Annual administration report of the Civil Veterinary Department, Ajmere-Merwara, British Rajputana - 1914-1940
Year: 1914
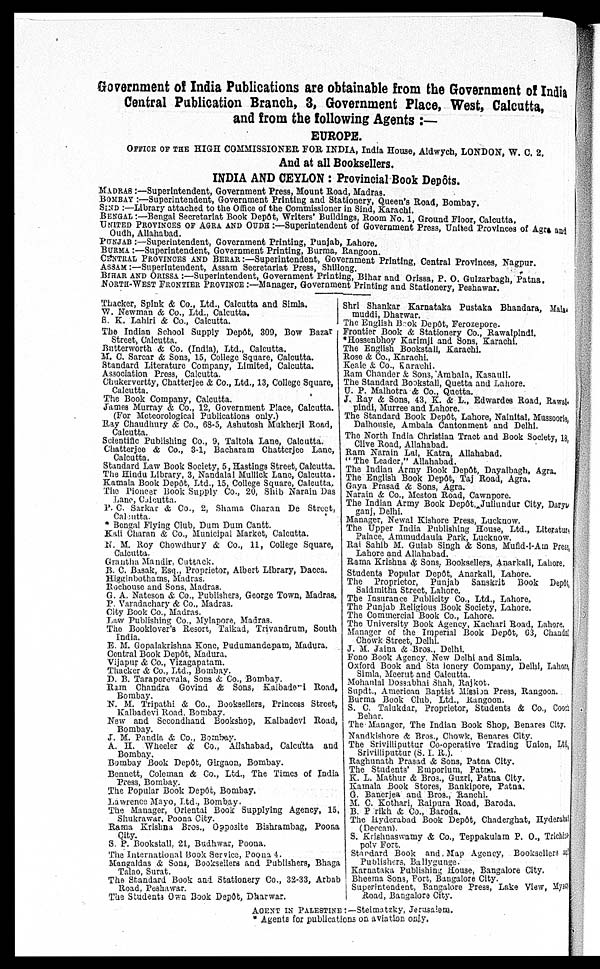
Government of India Publications are obtainable from the Government of India
Central Publication Branch, 3, Government Place, West, Calcutta,
and from the following Agents:—
EUROPE.
OFFICE OF THE HIGH COMMISSIONER FOR INDIA, India House, Aldwych, LONDON, W. C. 2.
And at all Booksellers.
INDIA AND CEYLON: Provincial Book Depôts.
MADRAS:—Superintendent, Government Press, Mount Road, Madras.
BOMBAY:—Superintendent, Government Printing and Stationery, Queen's Road, Bombay.
SIND:—Library attached to the Office of the Commissioner in Sind, Karachi.
BENGAL:—Bengal Secretariat Book Depôt, Writers' Buildings, Room No. 1, Ground Floor, Calcutta
UNITED PROVINCE OF AGRA AND OUDH:—Superintendent of Government Press, United Provinces of Agra and
Oudh, Allahabad.
PUNJAB:—Superintendent, Government Printing, Punjab, Lahore.
BURMA:—Superintendent, Government Printing, Burma, Rangoon.
CENTRAL PROVINCES AND BERAR:—Superintendent, Government Printing, Central Provinces, Nagpur.
ASSAM:—Superintendent, Assam Secretariat Press, Shillong.
BIHAR AND ORISSA:—Superintendent, Government Printing, Bihar and Orissa, P. O. Guizarbagh Patna.
NORTH-WEST FRONTIER PROVINCE.—Manager, Government Printing and Stationery Peshawar
Thacker, Spink & Co., Ltd., Calcutta and Simla.
W. Newman & Co., Ltd., Calcutta.
S. K. Lahiri & Co., Calcutta.
The Indian School Supply Depôt, 309, Bow Bazar
Street, Calcutta.
Butterworth & Co. (India), Ltd., Calcutta.
M. C. Sarcar & Sons, 15, College Square, Calcutta.
Standard Literature Company, Limited, Calcutta.
Association Press, Calcutta.
Chukervertty, Chatterjee & Co., Ltd., 13, College Square,
Calcutta.
The Book Company, Calcutta.
James Murray & Co., 12, Government Place, Calcutta.
(For Meteorological Publications only.)
Ray Chaudhury & Co., 68-5, Ashutosh Mukherji Road,
Calcutta.
Scientific Publishing Co., 9, Taltola Lane, Calcutta.
Chatterjee & Co., 3-1, Bacharam Chatterjee Lane,
Calcutta.
Standard Law Book Society, 5, Hastings Street, Calcutta.
The Hindu Library, 3, Nandalal Mullick Lane, Calcutta.
Kamala Book Depôt, Ltd., 15, College Square, Calcutta,
The Pioncer Book Supply Co., 20, Shib Narain Das
Lane, Calcutta.
P. C. Sarkar & Co., 2, Shama Charan De Street,
Culcutta.
Bengal Flying Club, Dum Dum Cantt.
Kali Charan & Co., Municipal Market, Calcutta.
N. M. Roy Chowdhury & Co., 11, College Square,
Calcutta.
Grantha Mandir, Cuttack.
B. C. Basak, Esq., Proprietor, Albert Library, Dacca.
Higginbothams, Madras.
Rochouse and Sons, Madras.
G. A. Nateson & Co., Publishers, George Town, Madras.
P. Varadachary & Co., Madras.
City Book Co., Madras.
Law Publishing Co., Mylapore, Madras.
The Booklover's Resort, Taikad, Trivandrum, South
India.
E. M. Gopalakrishna Kone, Pudumandepam, Madura.
Central Book Depôt, Madura.
Vijapur & Co., Vijagapatam.
Thacker & Co., Ltd., Bombay.
D. B. Taraporovala, Sons & Co., Bombay.
Ram Chandra Govind & Sons, Kalbade i Road,
Bombay.
N. M. Tripathi & Co., Booksellers, Princess Street,
Kalbadevi Road, Bombay.
New and Secondhand Bookshop, Kalbadevi Road,
Bombay.
J. M. Pandin & Co., Bombay.
A. H. Wheeler & Co., Allahabad, Calcutta and
Bombay.
Bombay Book Depôt, Girgaon, Bombay.
Bennett, Coleman & Co., Ltd., The Times of India
Press, Bombay.
The Popular Book Depôt, Bombay.
Lawrence Mayo, Ltd., Bombay.
The Manager, Oriental Book Supplying Agency, 15,
Shukrawar, Poona City.
Rama Krishna Bros., Opposite Bishrambag, Poona
City.
S. P. Bookstall, 21, Budhwar, Poona.
The International Book Service, Poona 4.
Mangaldas & Sons, Booksellers and Publishers, Bhaga
Talao, Surat.
The Standard Book and Stationery Co., 32-33, Arbab
Road. Peshawar.
The Students Own Book Depôt, Dharwar.
Shri Shankar Karnataka Pustaka Bhandara, Mala
muddi, Dharwar.
The English Book Depôt, Ferozepore.
Frontier Book & Stationery Co., Rawalpindi.
*Hossenbhoy Karimjl and Sons, Karachi.
The English Bookstall, Karachi.
Rose & Co., Karachi.
Keale & Co., Karachi.
Ram Chander & Sons, Ambala, Kasauli.
The Standard Bookstall, Quetta and Lahore.
U. P. Malhotra & Co., Quetta.
J. Ray & Sons, 43, K. & L., Edwardes Road, Rawal
pindi, Murree and Lahore.
The Standard Book Depôt, Lahore, Nainital, Mussoorle
Dalhousie, Ambala Cantonment and Delhi.
The North India Christian Tract and Book Society, 18,
Clive Road, Allahabad.
Ram Narain Lal, Katra, Allahabad.
"The Leader," Allahabad.
The Indian Army Book Depôt, Dayalbagh, Agra.
The English Book Depôt, Taj Road, Agra.
Gaya Prasad & Sons, Agra.
Narain & Co., Meston Road, Cawnpore.
The Indian Army Book Depôt. Jullundur City, Dary
ganj, Delhi.
Manager, Newal Kishore Press, Lucknow.
The Upper India Publishing House, Ltd., Literature
Palace, Ammuddaula Park, Lucknow.
Rai Sahib M. Gulab Singh & Sons, Mufid-i-Am Press,
Lahore and Allahabad.
Rama Krishna & Sons, Booksellers, Anarkali, Lahore,
Students Popular Depôt, Anarkall, Lahore.
The Proprietor, Punjab Sanskrit Book Depôt,
Saidmitha Street, Lahore.
The Insurance Publicity Co., Ltd., Lahore.
The Punjab Religious Book Society, Lahore.
The Commercial Book Co., Lahore.
The University Book Agency, Kachari Road, Lahore.
Manager of the Imperial Book Depôt, 63, Chanda
Chowk Street, Delhi.
J. M. Jaina & Bros., Delhi.
Fono Book Agency. New Delhi and Simla.
Oxford Book and Stationery Company, Delhi, Lahor
Simla, Meerut and Calcutta.
Mohanlal Dossabhai Shah, Rajkot.
Supdt., American Baptist Mission Press, Rangoon.
Burma Book Club, Ltd., Rangoon.
S. C. Talukdar, Proprietor, Students & Co., Cooch
Behar.
The Manager, The Indian Book Shop, Benares City.
Nandkishore & Bros., Chowk, Benares City.
The Srivilliputtur Co-operative Trading Union, Ltd,
Srivilliputtur (S. I. R.).
Raghunath Prasad & Sons, Patna City.
The Students' Emporium, Patna.
K. L. Mathur & Bros., Guzri, Patna City.
Kamala Book Stores, Bankipore, Patna.
G. Banerjea and Bros., Ranchi.
M. C. Kothari, Raipura Road, Baroda.
B. P rikh & Co., Baroda.
The Hyderabad Book Depôt, Chaderghat, Hyderabad
(Deccan).
S. Krishnaswamy & Co., Teppakulam P. O., Trich
poly Fort.
Standard Book and Map Agency, Booksellers
Publishers, Ballygunge.
Karnataka Publishing House, Bangalore City.
Bheema Sons, Fort, Bangalore City.
I Superintendent, Bangalore Press, Lake View, My
Road, Bangalore City.
AGENT IN PALESTINE:—Steimatzky, Jerusalem.
* Agents for publications on aviation only.